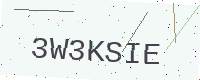
Text: 3W3KSIE